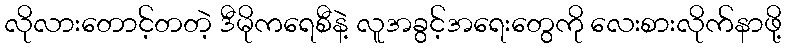
လိုလားတောင့်တတဲ့ ဒီမိုကရေစီနဲ့ လူအခွင့်အရေးတွေကို လေးစားလိုက်နာဖို့